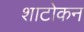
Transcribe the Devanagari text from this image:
शाटोकन